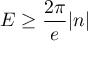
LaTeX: E \geq \frac { 2 \pi } { e } \vert n \vert